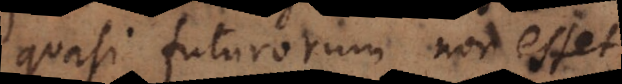
quasi futurorum non esset